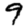
Digit: 9